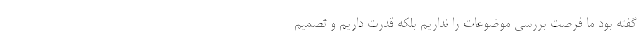
گفته بود ما فرصت بررسي موضوعات را نداريم بلكه قدرت داريم و تصميم